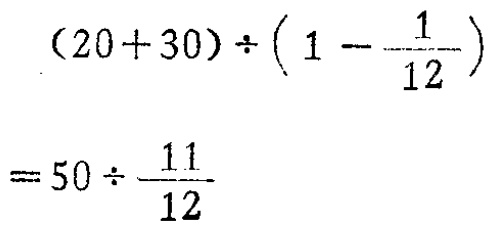
\[(20 + 30) \div \left(1 - \frac{1}{12}\right) = 50 \div \frac{11}{12}\]